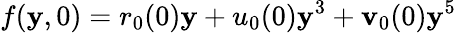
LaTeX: f(\mathbf{y},0)=r_{0}(0)\mathbf{y}+u_{0}(0)\mathbf{y}^{3}+\mathbf{v}_{0}(0)\mathbf{y}^{5}